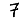
Digit: 7